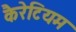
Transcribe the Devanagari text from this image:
कैरेटियम